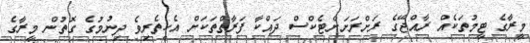
މީރާގެ ޓީމުތަކެއް ރާއްޖޭގެ ރަށްރަށަށްޓެކްސް ދައްކާ ފަރާތްތަކަށް އެހީތެރިވެ ދިނުމުގެ ގޮތުން މީރާގެ